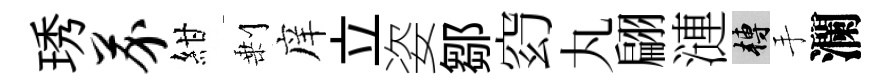
琇芥紺剰庠立姿鄒𥥆丸翩漣轉手瀾